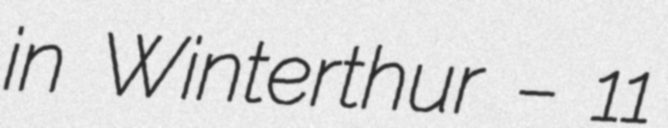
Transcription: in Winterthur – 11